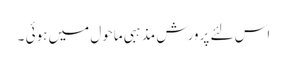
اس لئے پرورش مذہبی ماحول میں ہوئی ۔